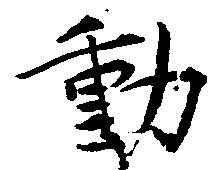
動